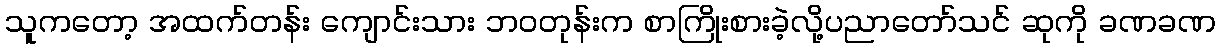
သူကတော့ အထက်တန်း ကျောင်းသား ဘဝတုန်းက စာကြိုးစားခဲ့လို့ပညာတော်သင် ဆုကို ခဏခဏ